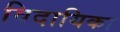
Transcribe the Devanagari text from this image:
विदायिका